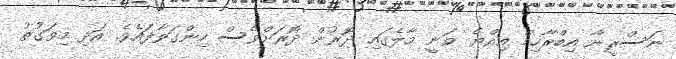
ނަސްރީނާ އިބްރާހިމް އިއްޔެ ވަނީ މާލެގައި ދޮރުން ދޮރަށްވެސް ހިންގަވާފައެވެ. އަދި މިވަގުތު